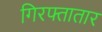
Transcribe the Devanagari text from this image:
गिरफ्तातार